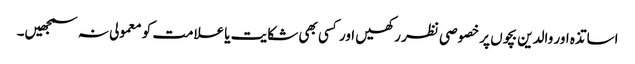
اساتذہ اور والدین بچوں پر خصوصی نظر رکھیں اور کسی بھی شکایت یا علامت کو معمولی نہ سمجھیں۔